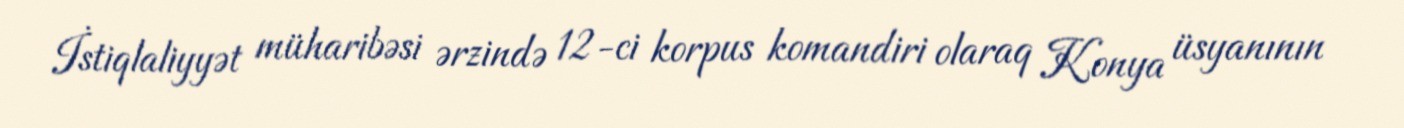
İstiqlaliyyət müharibəsi ərzində 12-ci korpus komandiri olaraq Konya üsyanının